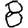
Digit: 8